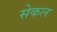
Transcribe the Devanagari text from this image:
सेकल